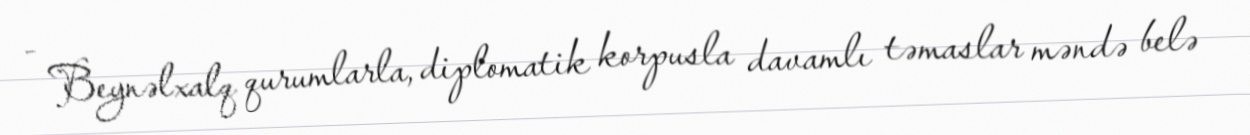
- Beynəlxalq qurumlarla, diplomatik korpusla davamlı təmaslar məndə belə